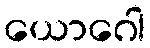
ယောဂေါ